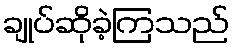
ချုပ်ဆိုခဲ့ကြသည်